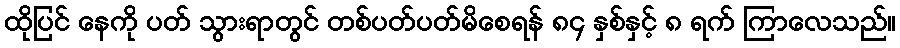
ထိုပြင် နေကို ပတ် သွားရာတွင် တစ်ပတ်ပတ်မိစေရန် ၈၄ နှစ်နှင့် ၈ ရက် ကြာလေသည်။